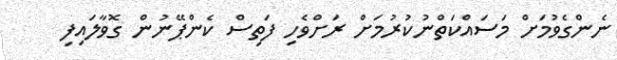
ނެންގެވުމަށް މަސައްކަތްނުކުރުމަށް ރަށްވެހި ފަތިސް ކެންޕޭނުން ގޮވާލައިފި